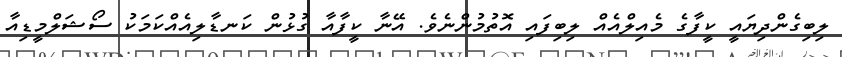
ލިބިގެންދިޔައީ ކީފާގެ މެއިލްއެއް ލިބިފައި އޮތުމުންނެވެ. އޭނާ ކީފާއާ ގުޅުން ކަނޑާލިއެއްކަމަކު ސޯޝަލްމީޑިއާ